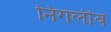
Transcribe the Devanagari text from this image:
निगलीव